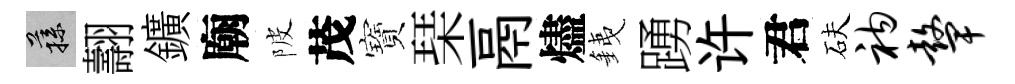
蓀翿鑛廟陂茂寶琹鬲燼銕踴许君砆衲鼙